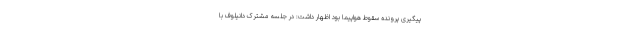
پیگیری پرونده سقوط هواپیما بود اظهار داشت: در جلسه مشترک دانیلوف با